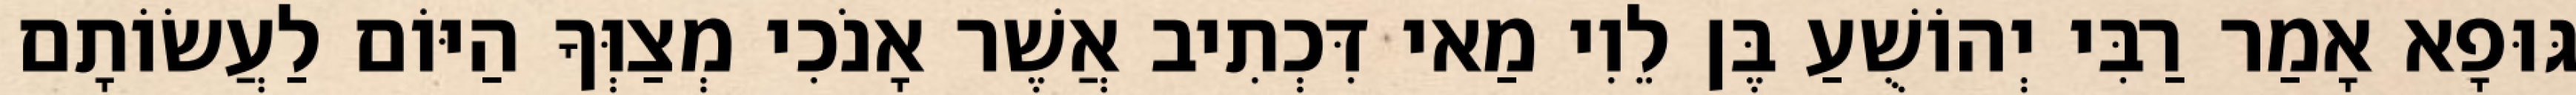
גּוּפָא אָמַר רַבִּי יְהוֹשֻׁעַ בֶּן לֵוִי מַאי דִּכְתִיב אֲשֶׁר אָנֹכִי מְצַוְּךָ הַיּוֹם לַעֲשׂוֹתָם